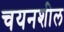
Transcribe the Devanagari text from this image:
चयनशील